Indian journal of veterinary science and animal husbandry - Volume 7,
Year: 1937
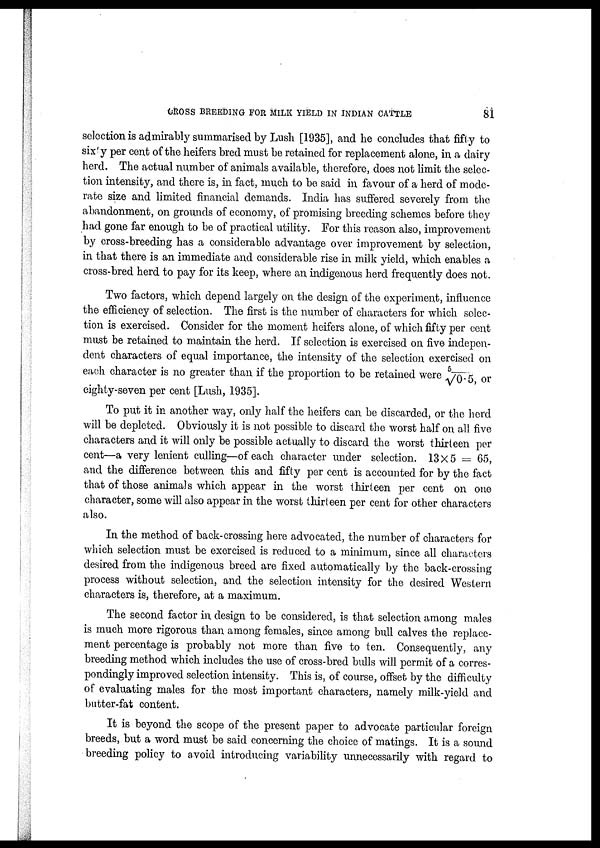
CROSS BREEDING FOR MILK YIELD IN INDIAN CATTLE
81
selection is admirably summarised by Lush [1935], and he concludes that fifty to
sixty per cent of the heifers bred must be retained for replacement alone, in a dairy
herd. The actual number of animals available, therefore, does not limit the selec
tion intensity, and there is, in fact, much to be said in favour of a herd of mode
rate size and limited financial demands. India has suffered severely from the
abandonment, on grounds of economy, of promising breeding schemes before they
had gone far enough to be of practical utility. For this reason also, improvement
by cross-breeding has a considerable advantage over improvement by selection,
in that there is an immediate and considerable rise in milk yield, which enables a
cross-bred herd to pay for its keep, where an indigenous herd frequently does not.
Two factors, which depend largely on the design of the experiment, influence
the efficiency of selection. The first is the number of characters for which selec
tion is exercised. Consider for the moment heifers alone, of which fifty per cent
must be retained to maintain the herd. If selection is exercised on five indepen
dent characters of equal importance, the intensity of the selection exercised on
each character is no greater than if the proportion to be retained were 5/√0.5 or
eighty-seven per cent [Lush, 1935].
To put it in another way, only half the heifers can be discarded, or the herd
will be depleted. Obviously it is not possible to discard the worst half on all five
characters and it will only be possible actually to discard the worst thirteen per
cent—a very lenient culling—of each character under selection. 13×5 = 65,
and the difference between this and fifty per cent is accounted for by the fact
that of those animals which appear in the worst thirteen per cent on one
character, some will also appear in the worst thirteen per cent for other characters
also.
In the method of back-crossing here advocated, the number of characters for
which selection must be exercised is reduced to a minimum, since all characters
desired from the indigenous breed are fixed automatically by the back-crossing
process without selection, and the selection intensity for the desired Western
characters is, therefore, at a maximum.
The second factor in design to be considered, is that selection among males
is much more rigorous than among females, since among bull calves the replace-
ment percentage is probably not more than five to ten. Consequently, any
breeding method which includes the use of cross-bred bulls will permit of a corres-
pondingly improved selection intensity. This is, of course, offset by the difficulty
of evaluating males for the most important characters, namely milk-yield and
butter-fat content.
It is beyond the scope of the present paper to advocate particular foreign
breeds, but a word must be said concerning the choice of matings. It is a sound
breeding policy to avoid introducing variability unnecessarily with regard to